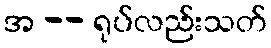
အ -- ရုပ်လည်းသတ်